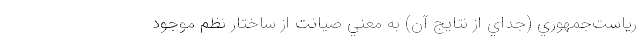
رياست‌جمهوري (جداي از نتايج آن) به معني صيانت از ساختار نظم موجود